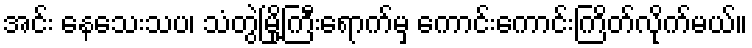
အင်း နေသေးသပ၊ သံတွဲမြို့ကြီးရောက်မှ ကောင်းကောင်းကြိတ်လိုက်မယ်။